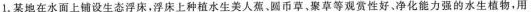
1.某地在水面上铺设生态浮床，浮床上种植水生美人蕉、圆币草，聚草等观赏性好。净化能力强的水生植物，用